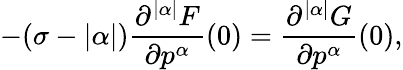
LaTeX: -(\sigma-|\alpha|)\frac{\partial^{|\alpha|}F}{\partial p^{\alpha}}(0)=\frac{\partial^{|\alpha|}G}{\partial p^{\alpha}}(0),